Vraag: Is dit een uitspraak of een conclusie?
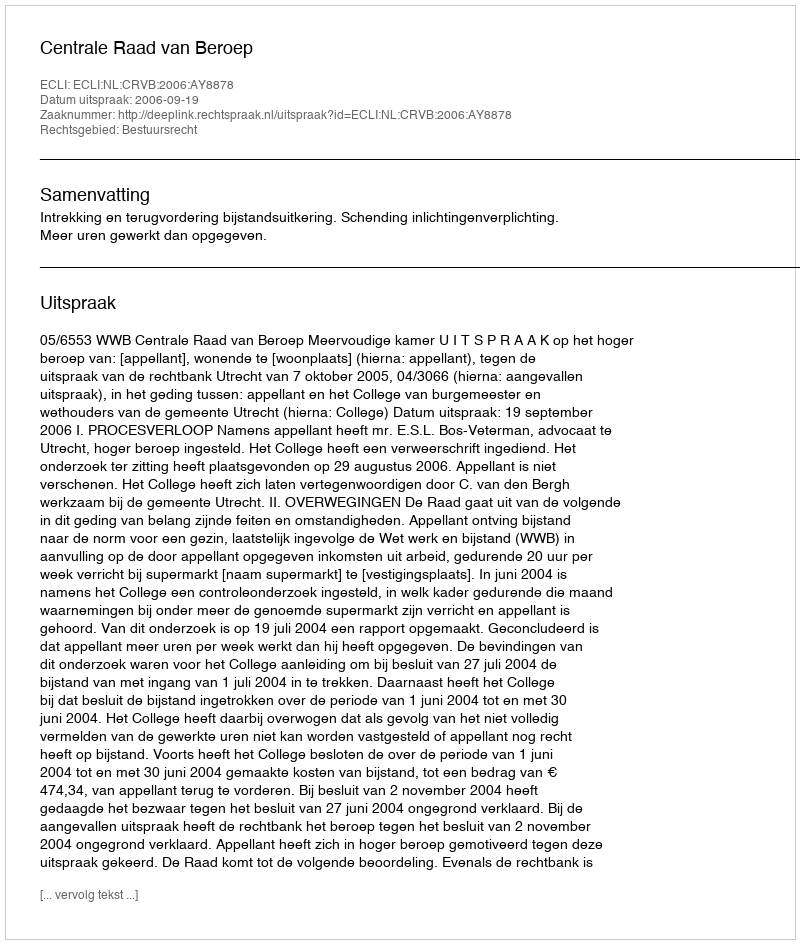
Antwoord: Uitspraak